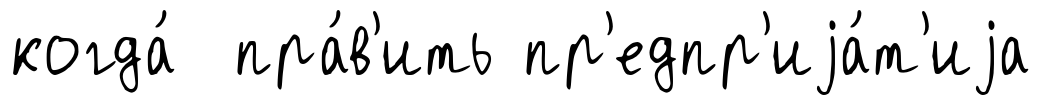
когда́ пра́в'ить пр'едпр'иjа́т'иjа